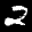
Label: 2